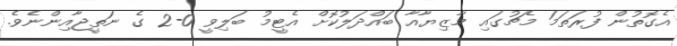
އެގޮތުން ފުރަތަމަ މެޗުގައި މާޒިޔާއާ ބައްދަލުކޮށް އެޓީމު ބަލިވީ 0-2 ގެ ނަތީޖާއިންނެވެ.